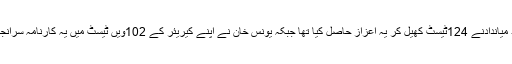
جاوید میاندادنے 124ٹیسٹ کھیل کر یہ اعزاز حاصل کیا تھا جبکہ یونس خان نے اپنے کیریئر کے 102ویں ٹیسٹ میں یہ کارنامہ سرانجام دیا۔